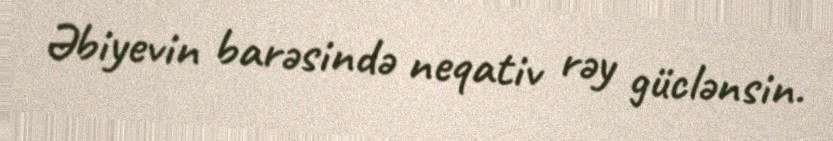
Əbiyevin barəsində neqativ rəy güclənsin.